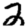
Digit: 2